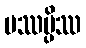
ပဿမ္ပိဿ